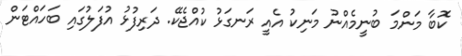
ކޮބާ މަންމަ ބުނީމެއްނު މަނިކު އެއީ ރަނގަޅު ކުއްޖެކޭ. ދަރިފުޅު އުފަލުގައި ބަހައްޓަން